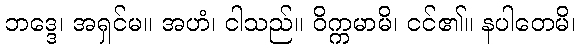
ဘဒ္ဒေ၊ အရှင်မ။ အဟံ၊ ငါသည်။ ဝိက္ကမာမိ၊ ငင်၏။ နပါတေမိ၊